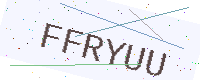
Text: FFRYUU